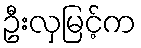
ဦးလှမြင့်က